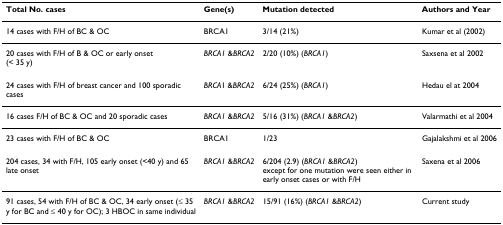
| Total No. cases | Gene(s) | Mutation detected | Authors and Year |
 | --- | --- | --- | --- |
 | 14 cases with F/H of BC & OC | BRCA1 | 3/14 (21%) | Kumar et al (2002) |
 | 20 cases with F/H of B & OC or early onset(< 35 y) | BRCA1 &BRCA2 | 2/20 (10%) (BRCA1) | Saxsena et al 2002 |
 | 24 cases with F/H of breast cancer and 100 sporadic cases | BRCA1 &BRCA2 | 6/24 (25%) (BRCA1) | Hedau el at 2004 |
 | 16 cases F/H of BC & OC and 20 sporadic cases | BRCA1 &BRCA2 | 5/16 (31%) (BRCA1 &BRCA2) | Valarmathi et al 2004 |
 | 23 cases with F/H of BC & OC | BRCA1 | 1/23 | Gajalakshmi et al 2006 |
 | 204 cases, 34 with F/H, 105 early onset (<40 y) and 65 late onset | BRCA1 &BRCA2 | 6/204 (2.9) (BRCA1 &BRCA2)except for one mutation were seen either in early onset cases or with F/H | Saxena et al 2006 |
 | 91 cases, 54 with F/H of BC & OC, 34 early onset (≤ 35 y for BC and ≤ 40 y for OC); 3 HBOC in same individual | BRCA1 &BRCA2 | 15/91 (16%) (BRCA1 &BRCA2) | Current study |